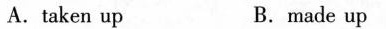
A.taken up B.made up